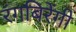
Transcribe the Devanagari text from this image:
रंगबिरेंगी